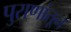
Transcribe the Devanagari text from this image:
पुराणांतून